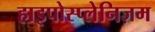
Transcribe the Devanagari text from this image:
हाइपोस्प्लेनिज़म